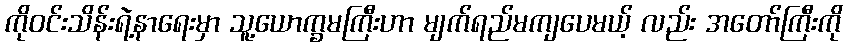
ကိုဝင်းသိန်းရဲ့နာရေးမှာ သူ့ယောက္ခမကြီးဟာ မျက်ရည်မကျပေမယ့် လည်း အတော်ကြီးကို